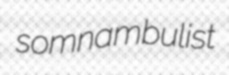
somnambulist